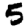
Digit: 5